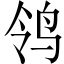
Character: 鸰